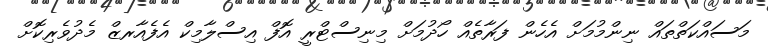
މަސައްކަތްތައް ނިންމުމަށް އެހެން ފަރާތެއް ހޯދުމަށް މިނިސްޓްރީ އޮފް އިސްލާމިކް އެފެއާރޒް މެދުވެރިކޮށް